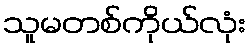
သူမတစ်ကိုယ်လုံး